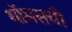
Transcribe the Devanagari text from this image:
थॉमसची